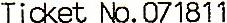
TICKET NO.071811